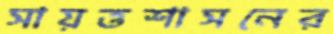
সায়ত্তশাসনের